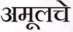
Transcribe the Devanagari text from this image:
अमूलचे